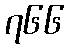
၇၆၆